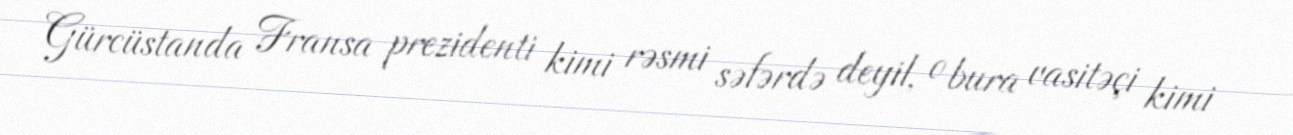
Gürcüstanda Fransa prezidenti kimi rəsmi səfərdə deyil, o bura vasitəçi kimi